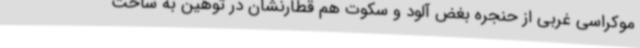
موکراسی غربی از حنجره بغض آلود و سکوت هم قطارنشان در توهین به ساحت